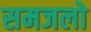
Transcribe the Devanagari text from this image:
समजलो